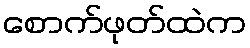
စောက်ဖုတ်ထဲက